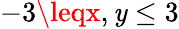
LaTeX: -3\leqx,\mathit{y}\leq3